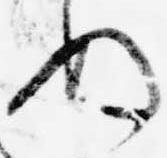
ぬ